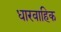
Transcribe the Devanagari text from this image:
धारवाहिक